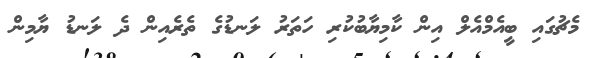
މެޗުގައި ބީއެމްއެލް އިން ކާމިޔާބުކުރި ހަތަރު ލަނޑުގެ ތެރެއިން ދެ ލަނޑު ޔާމިން